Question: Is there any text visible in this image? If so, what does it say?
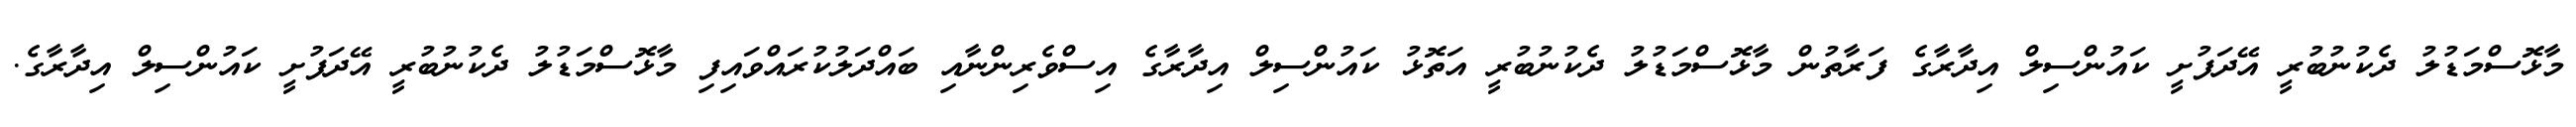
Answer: މާޅޮސްމަޑުލު ދެކުނުބުރީ އޭދަފުށީ ކައުންސިލް އިދާރާގެ ފަރާތުން މާޅޮސްމަޑުލު ދެކުނުބުރީ އަތޮޅު ކައުންސިލް އިދާރާގެ އިސްވެރިންނާއި ބައްދަލުކުރައްވައިފި މާޅޮސްމަޑުލު ދެކުނުބުރީ އޭދަފުށީ ކައުންސިލް އިދާރާގެ.